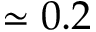
\simeq 0 . 2